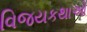
વિજયકથાઓ